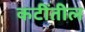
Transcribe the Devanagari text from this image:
कटींतील